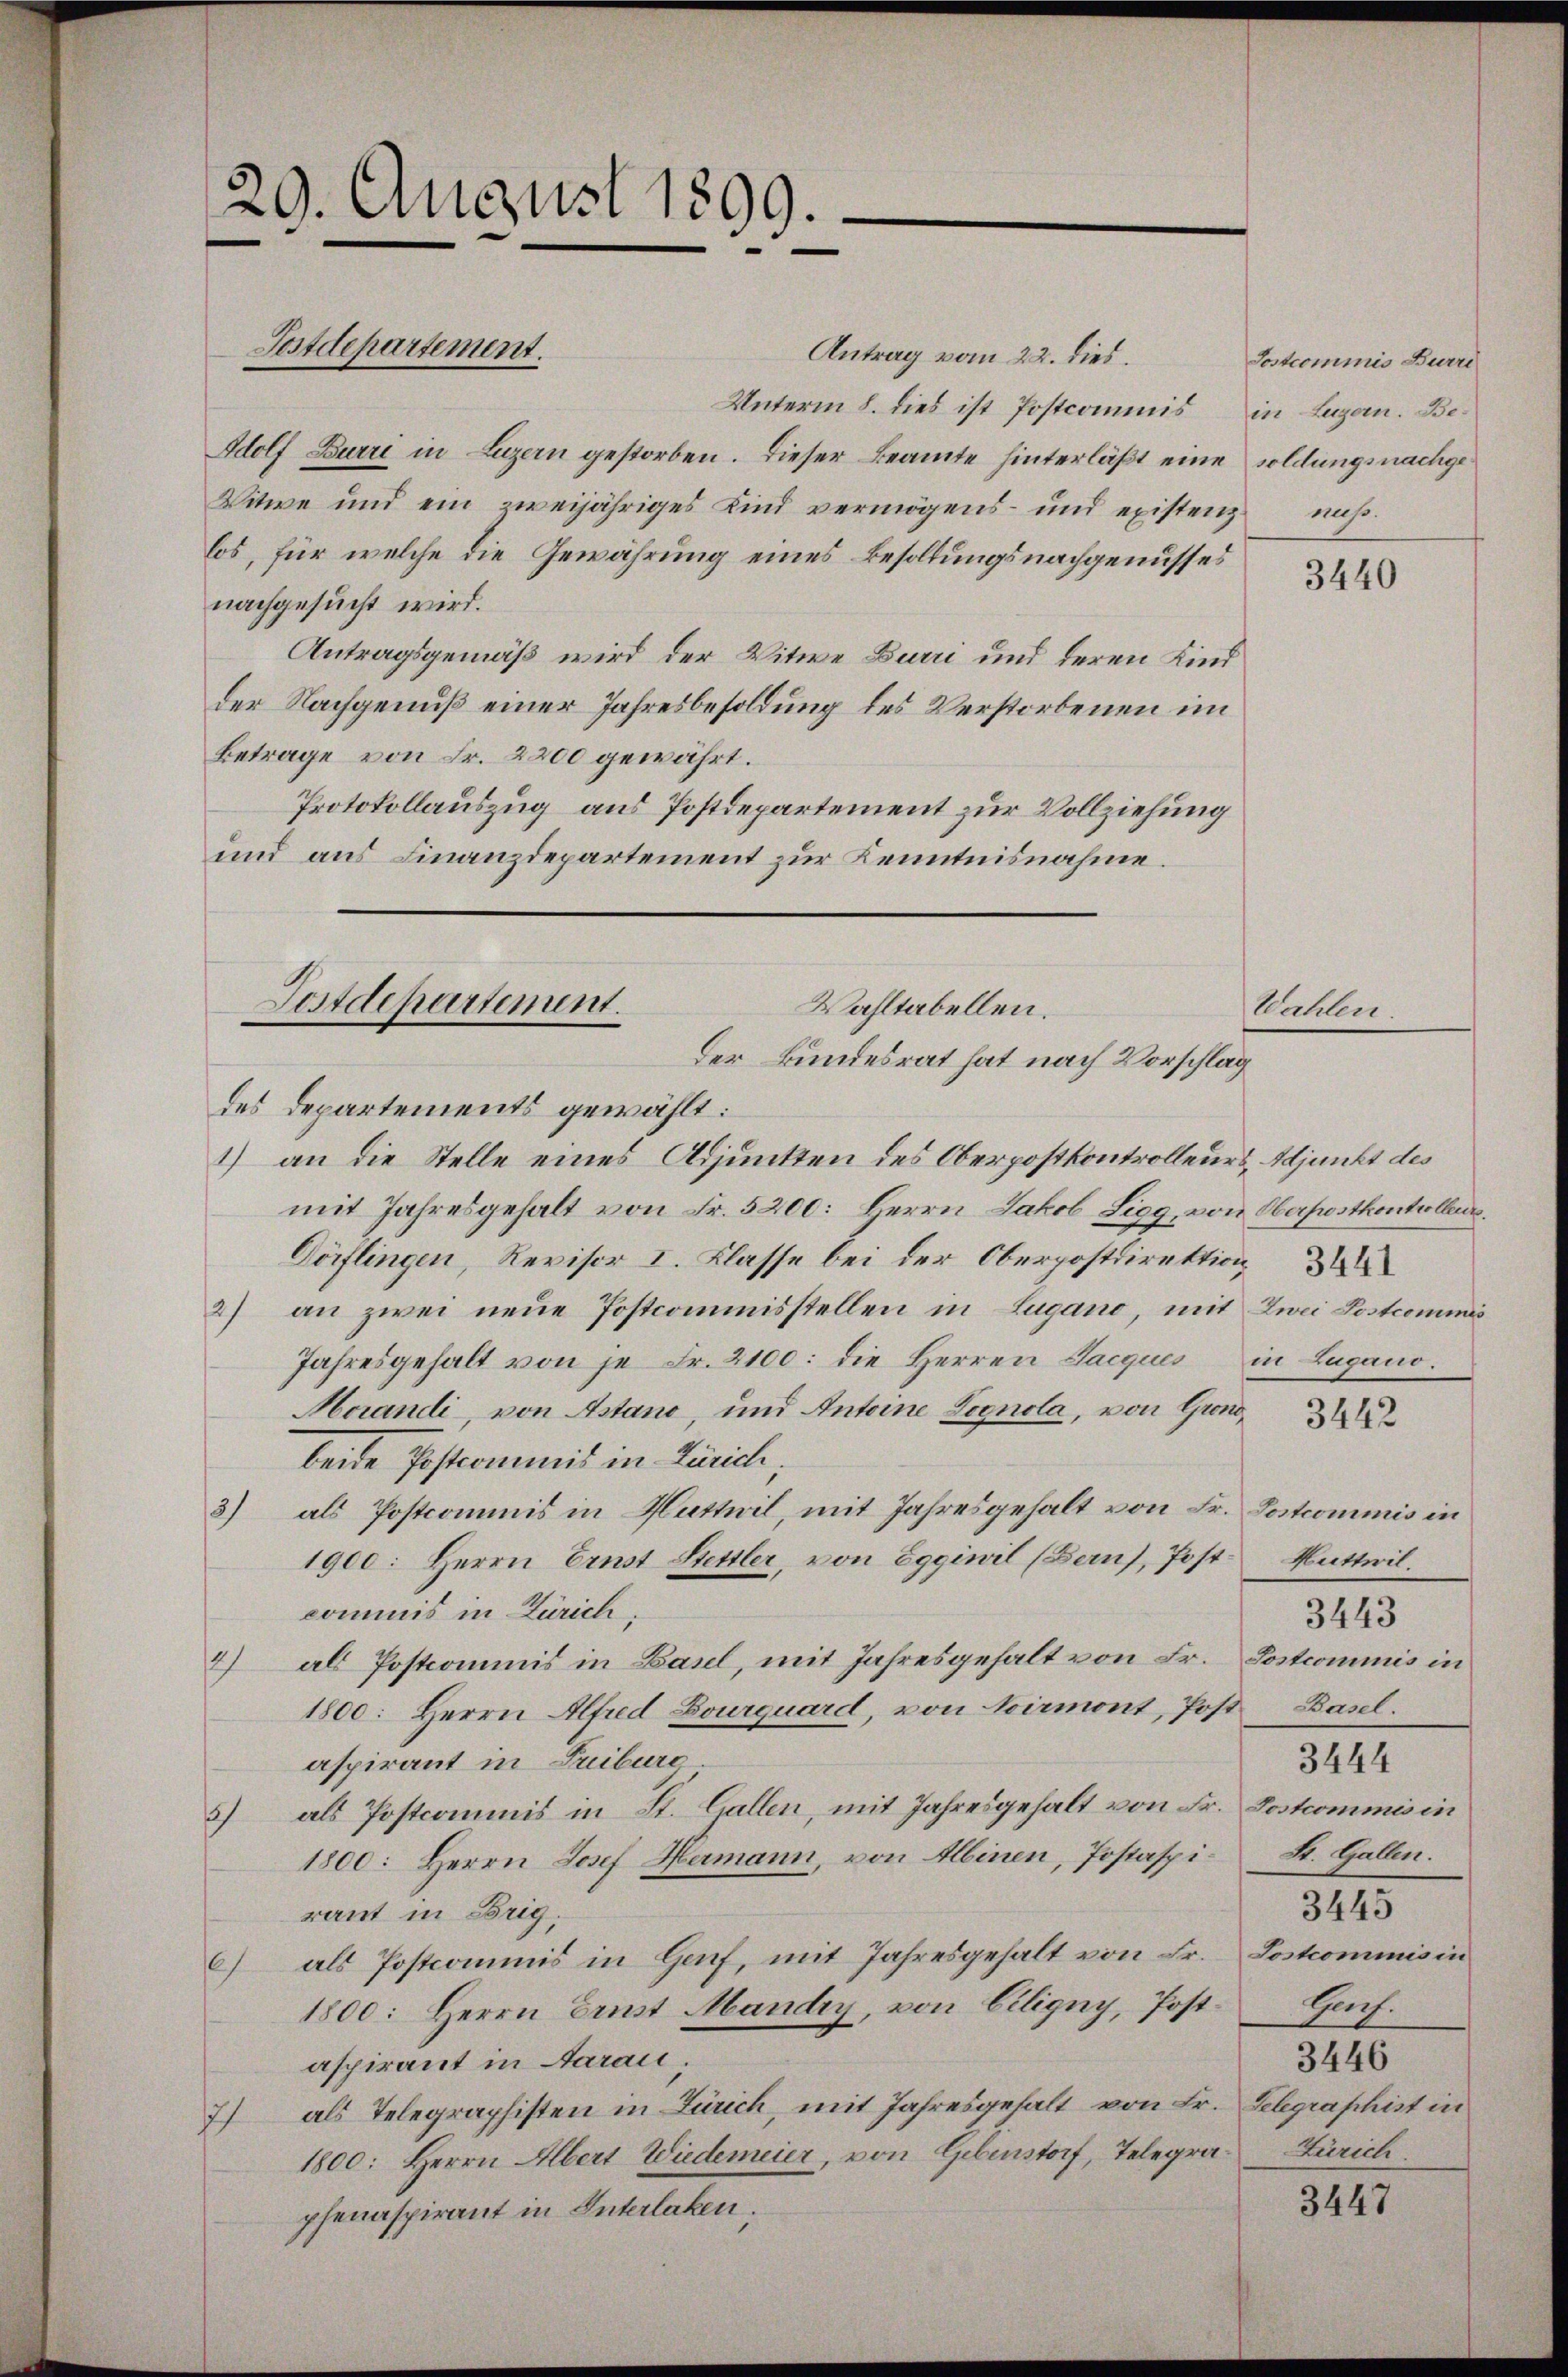
29. August 1899.

Antrag vom 22. dies
Unterm 8. dies ist Postcommis in Luzern. Be¬
Adolf Burri in Luzern gestorben. Dieser Beamte hinterläßt eine soldungsnachge¬
Witwe und ein zweijähriges Kind vermögens- und existenz
los, für welche die Gewährung eines Besoldungsnachgenusses
nachgesucht wird.
Antragsgemäß wird der Witwe Burri und deren Kind
der Nachgenuß einer Jahresbesoldung des Verstorbenen im
Betrage von Fr. 2200 gewährt.
Protokollauszug aus Postdepartement zur Vollziehung
und aus Finanzdepartement zur Kenntnisnahme.
des Departements gewählt:
1) an die Stelle eines Adjunkten des Oberpostkontrolleurs Adjunkt des
mit Jahresgehalt von Fr. 5200: Herrn Jakob Sigg, von Oberpostkontrollenz.
Dörflingen, Revisor I. Klasse bei der Oberpostdirektion
2) an zwei neue Postcommisstellen in Lugano, mit Zwei Lostcommis
Jahresgehalt von je Fr. 2100: die Herren Jacques in Lugano.
Merandi, von Astand, und Antoine Lognola, von Grondbeide Postcommis in Zürich,
3) als Postcommis in Huthwil, mit Jahresgehalt von Fr. Postcommis in
1900: Herrn Ernst Hettler, von Egginil (Baus, Postcommis in Zürich,
4) als Postcommis in Basel, mit Jahresgehalt von Fr. Postcommis in
1800: Herrn Alfred Lourquard, von Noirmont, Post
aspirant in Triburc
2) als Postcommis in St. Gallen, mit Jahresgehalt von Fr. Postcommis in
1800: Herrn Josef Hermann, von Albinen, Postaspirant in Brig;
6) als Postcommis in Genf, mit Jahresgehalt von Fr. Postcommis in
1800: Herrn Ernst Mandry, von Ciligny, Postaspirant in Aarau,
7) als Telegraphisten in Zürich, mit Jahresgehalt von Fr. Gelegraphist in
1800: Herrn Albert Wiedereier, von Gebenstorf, Telegrapfenaspirant in Interlaken,

Postdepartement.

Postdepartement.
Wahltabellen.
Der Bundesrat hat nach Vorschlag

Postcommis Burri
nuss.

Wahlen

3440

3442

Kuttwil
3443
Basel.
3444
St. Gallen.
3445
bach.
3446
Zürich.

3447